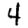
Digit: 4